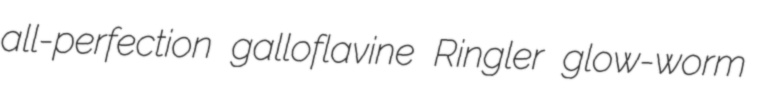
all-perfection galloflavine Ringler glow-worm